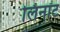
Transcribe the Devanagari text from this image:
लिनॉट